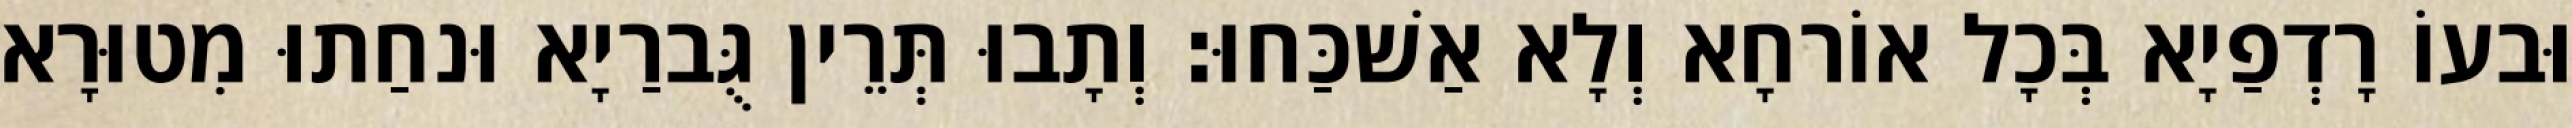
וּבעוֹ רָדְפַיָא בְּכָל אוֹרחָא וְלָא אַשׁכַּחוּ׃ וְתָבוּ תְּרֵין גֻּברַיָא וּנחַתוּ מִטוּרָא